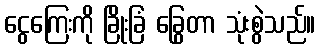
ငွေကြေးကို ခြိုးခြံ ခြွေတာ သုံးစွဲသည်။